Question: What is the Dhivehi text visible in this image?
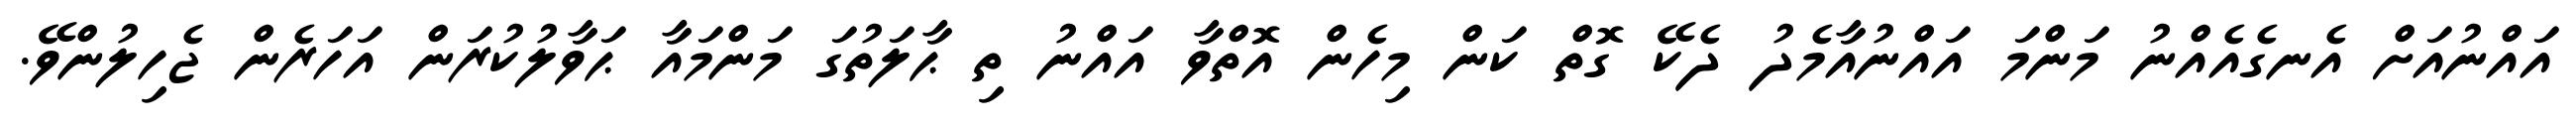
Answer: އައްނުއަށް އެނގެއެއްނު މަންމަ އައްނުއާމެދު ދެކޭ ގޮތް ކަން މިހެން އޮތްވާ އައްނު ތި ޙާލަތުގަ މަންމައާ ޙަވާލުކުރަން އަހަރެން ޖެހިލުންވޭ.